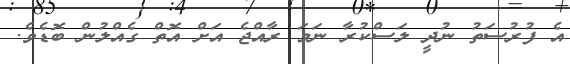
އެ ފުރުސަތު ނުދީ ލަސްކުރާ ނަމަ ރާއްޖެ އަށް އޮތް ގެއްލުން ބޮޑެވެ.